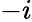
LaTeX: -i